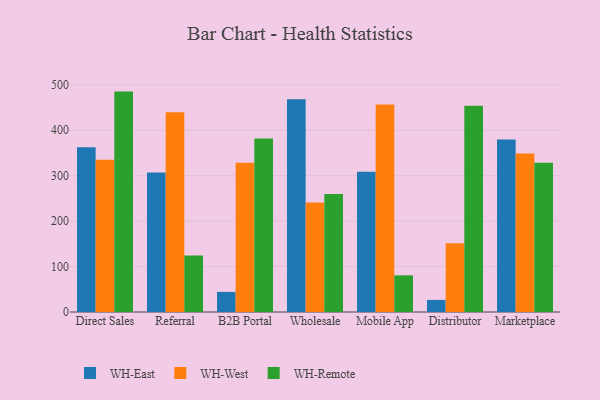
{"axis": {"x": "Channel", "y": "Bounce Rate (%)"}, "legend": ["WH-East", "WH-Remote", "WH-West"], "data": [{"x": "Direct Sales", "y": 362.6, "type": "WH-East"}, {"x": "Direct Sales", "y": 334.7, "type": "WH-West"}, {"x": "Direct Sales", "y": 484.9, "type": "WH-Remote"}, {"x": "Referral", "y": 307.1, "type": "WH-East"}, {"x": "Referral", "y": 439.2, "type": "WH-West"}, {"x": "Referral", "y": 124.5, "type": "WH-Remote"}, {"x": "B2B Portal", "y": 44.2, "type": "WH-East"}, {"x": "B2B Portal", "y": 328.2, "type": "WH-West"}, {"x": "B2B Portal", "y": 381.7, "type": "WH-Remote"}, {"x": "Wholesale", "y": 468.0, "type": "WH-East"}, {"x": "Wholesale", "y": 240.8, "type": "WH-West"}, {"x": "Wholesale", "y": 259.5, "type": "WH-Remote"}, {"x": "Mobile App", "y": 308.3, "type": "WH-East"}, {"x": "Mobile App", "y": 456.7, "type": "WH-West"}, {"x": "Mobile App", "y": 80.6, "type": "WH-Remote"}, {"x": "Distributor", "y": 26.6, "type": "WH-East"}, {"x": "Distributor", "y": 151.2, "type": "WH-West"}, {"x": "Distributor", "y": 453.7, "type": "WH-Remote"}, {"x": "Marketplace", "y": 379.4, "type": "WH-East"}, {"x": "Marketplace", "y": 348.8, "type": "WH-West"}, {"x": "Marketplace", "y": 328.5, "type": "WH-Remote"}]}